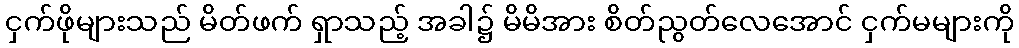
ငှက်ဖိုများသည် မိတ်ဖက် ရှာသည့် အခါ၌ မိမိအား စိတ်ညွတ်လေအောင် ငှက်မများကို